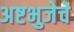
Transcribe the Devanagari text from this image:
अष्टभुजेचे